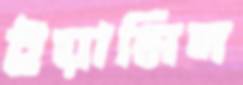
ইয়ামিন